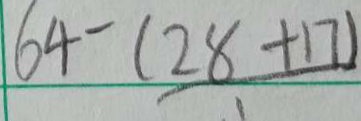
6 4 - \frac { ( 2 8 + 1 7 ) } { 1 }